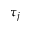
\tau _ { j }